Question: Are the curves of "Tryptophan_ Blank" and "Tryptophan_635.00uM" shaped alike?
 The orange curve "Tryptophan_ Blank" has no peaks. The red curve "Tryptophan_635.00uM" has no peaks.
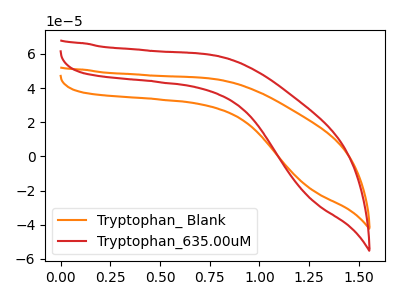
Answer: <think>Neither "Tryptophan_ Blank" or "Tryptophan_635.00uM" have any peaks.
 </think>
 <answer>"Tryptophan_ Blank" and "Tryptophan_635.00uM" are similar in shape.</answer>
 <eval>same_shape</eval>